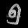
Digit: ၅